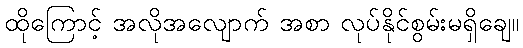
ထိုကြောင့် အလိုအလျောက် အစာ လုပ်နိုင်စွမ်းမရှိချေ။